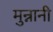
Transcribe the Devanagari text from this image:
मुन्नानी